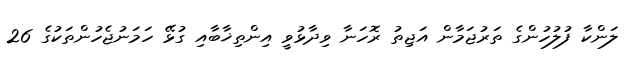
ލަންކާ ފުލުހުންގެ ތަރުޖަމާން އަޖިތު ރޮހަނާ ވިދާޅުވީ އިންތިޚާބާއި ގުޅޭ ހަމަނުޖެހުންތަކުގެ 26